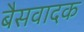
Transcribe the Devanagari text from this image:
बैसवादक